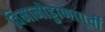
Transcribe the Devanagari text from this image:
विमानोड्डाणापूर्वी